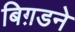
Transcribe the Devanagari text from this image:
बिग़डने